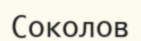
Соколов